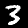
Digit: 3